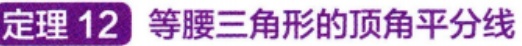
定理 12 等腰三角形的顶角平分线